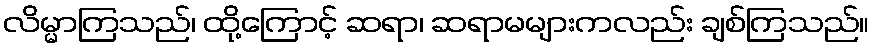
လိမ္မာကြသည်၊ ထို့ကြောင့် ဆရာ၊ ဆရာမများကလည်း ချစ်ကြသည်။